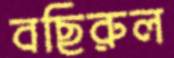
বছিরুল